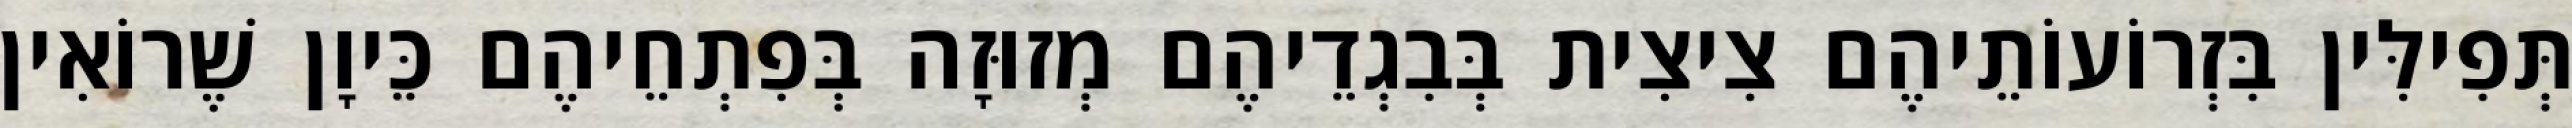
תְּפִילִּין בִּזְרוֹעוֹתֵיהֶם צִיצִית בְּבִגְדֵיהֶם מְזוּזָה בְּפִתְחֵיהֶם כֵּיוָן שֶׁרוֹאִין